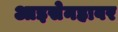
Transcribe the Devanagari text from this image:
आइसेनहावर